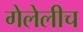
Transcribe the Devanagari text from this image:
गेलेलीच